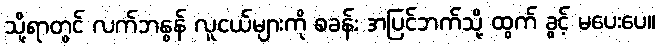
သို့ရာတွင် လက်ဘနွန် လူငယ်များကို စခန်း အပြင်ဘက်သို့ ထွက် ခွင့် မပေးပေ။